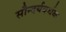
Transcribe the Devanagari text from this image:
सौन्दर्यवर्धक